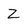
Character: Z